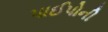
પાઈપોની